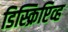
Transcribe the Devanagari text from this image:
डिस्क्रिप्टिव्ह